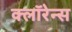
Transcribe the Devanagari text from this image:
क्लॉरेन्स